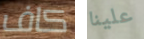
كاف علينا